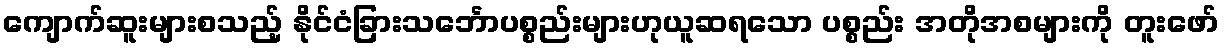
ကျောက်ဆူးများစသည့် နိုင်ငံခြားသင်္ဘောပစ္စည်းများဟုယူဆရသော ပစ္စည်း အတိုအစများကို တူးဖော်